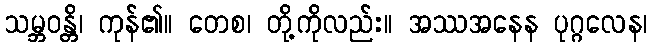
သမ္ဘဝန္တိ၊ ကုန်၏။ တေစ၊ တို့ကိုလည်း။ အဿအနေန ပုဂ္ဂလေန၊